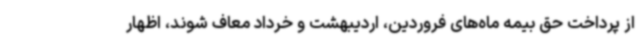
از پرداخت حق بیمه ماه‌های فروردین، اردیبهشت و خرداد معاف شوند، اظهار